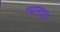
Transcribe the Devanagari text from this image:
ग्यानदास